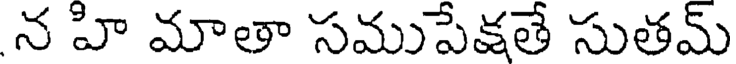
న హి మాతా సముపేక్షతే సుతమ్